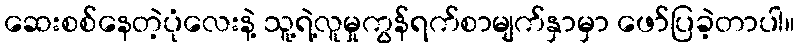
ဆေးစစ်နေတဲ့ပုံလေးနဲ့ သူ့ရဲ့လူမှုကွန်ရက်စာမျက်နှာမှာ ဖော်ပြခဲ့တာပါ။